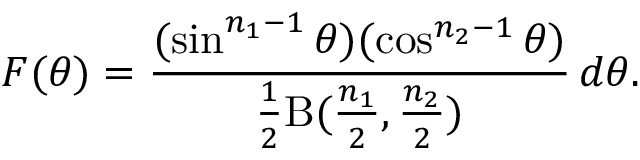
F ( \theta ) = { \frac { ( \sin ^ { n _ { 1 } - 1 } \theta ) ( \cos ^ { n _ { 2 } - 1 } \theta ) } { { \frac { 1 } { 2 } } \mathrm { B } ( { \frac { n _ { 1 } } { 2 } } , { \frac { n _ { 2 } } { 2 } } ) } } \, d \theta .